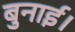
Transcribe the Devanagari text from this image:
बुनाई।